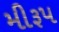
મીરૂપ